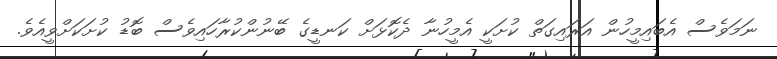
ނަމަވެސް އެބައިމީހުން އަރައިގަތް ކުށަކީ އެމީހުނާ ދެކޮޅަށް ކަނޑީގެ ބޭނުންކުރާހައިވެސް ބޮޑު ކުށަކަށްވީއެވެ.